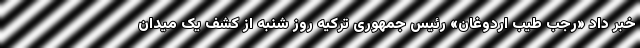
خبر داد «رجب طیب اردوغان» رئیس جمهوری ترکیه روز شنبه از کشف یک میدان